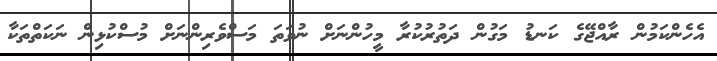
އެހެންކަމުން ރާއްޖޭގެ ކަނޑު މަގުން ދަތުރުކުރާ މީހުންނަށް ނުވަތަ މަސްވެރިންނަށް މުސްކުޅިން ނަކަތްތަކާ